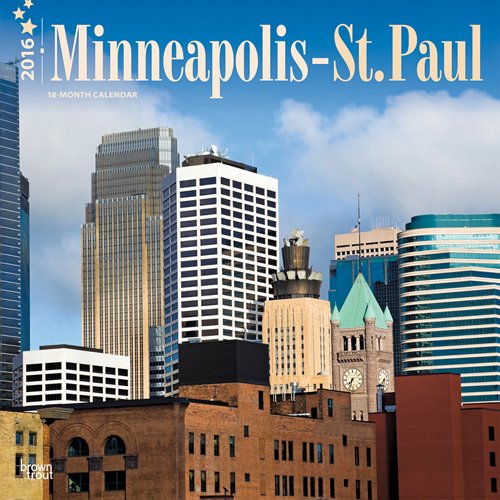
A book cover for Minneapolis - St. Paul 2016 Square 12x12; Browntrout Publishers; Travel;